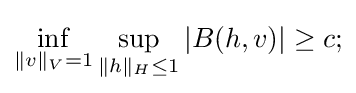
\inf _{\|v\|_{V}=1}\sup _{\|h\|_{H}\leq 1}|B(h,v)|\geq c;